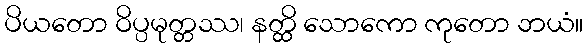
ပိယတော ဝိပ္ပမုတ္တဿ၊ နတ္ထိ သောကော ကုတော ဘယံ။